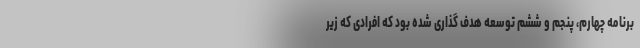
برنامه چهارم، پنجم و ششم توسعه هدف گذاری شده بود که افرادی که زیر